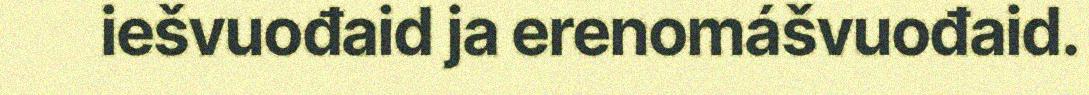
iešvuođaid ja erenomášvuođaid.